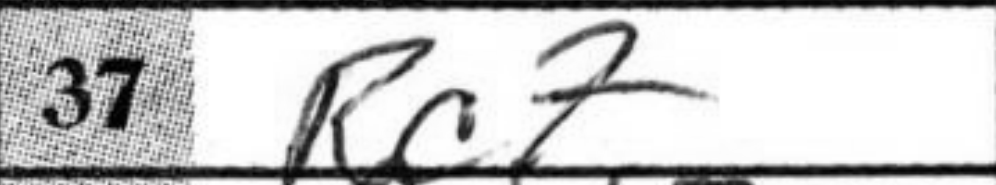
Transcription: Rc7